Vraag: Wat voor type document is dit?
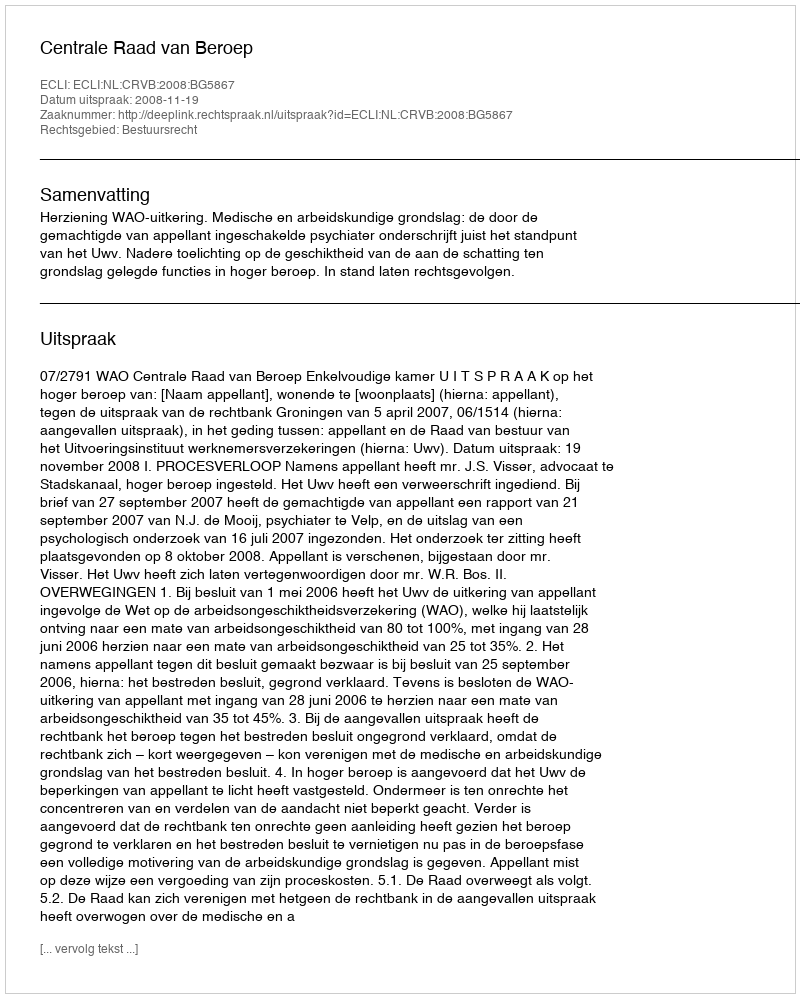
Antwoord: Uitspraak